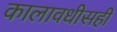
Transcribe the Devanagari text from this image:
कालावधीसही